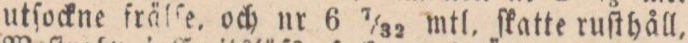
utſockne frälſe, och nr 6 7/32 mtl. ſkatte ruſthåll,